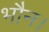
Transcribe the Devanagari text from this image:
भौन।